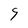
Character: 9